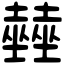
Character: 𡓨